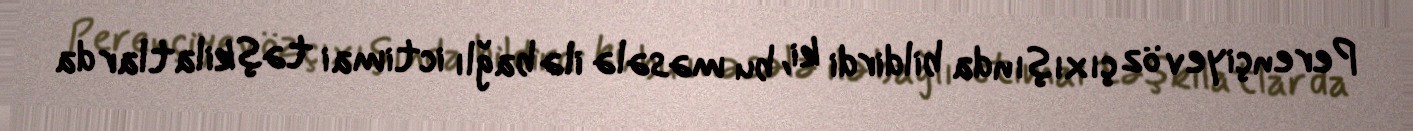
Perençiyev öz çıxışında bildirdi ki, bu məsələ ilə bağlı ictimai təşkilatlar da